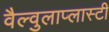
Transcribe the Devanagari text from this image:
वैल्वुलाप्लास्टी